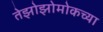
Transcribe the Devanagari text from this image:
तेझोझोमोकच्या